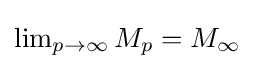
{\textstyle \lim _{p\to \infty }M_{p}=M_{\infty }}